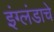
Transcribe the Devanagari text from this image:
इंग्लंडाचे